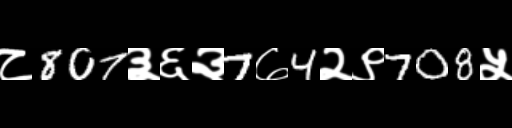
Text: ८807३६३7७4२९708५